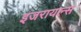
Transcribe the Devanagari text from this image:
इजरायल्स